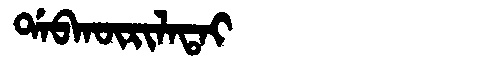
Manchu: ᡩᠠᠪᡴᡡᡵᡳᠯᠠᡨᠠᡳ
Romanization: DABKŪRILATAI